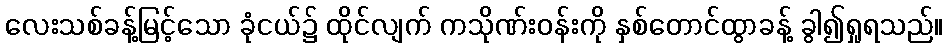
လေးသစ်ခန့်မြင့်သော ခုံငယ်၌ ထိုင်လျက် ကသိုဏ်းဝန်းကို နှစ်တောင်ထွာခန့် ခွါ၍ရှုရသည်။